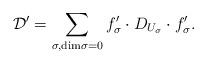
LaTeX: \begin{align*}\mathcal{D}'= \sum_{\sigma, \mathrm{dim}\sigma = 0} f'_{\sigma} \cdot D_{U_\sigma} \cdot f'_{\sigma}.\end{align*}